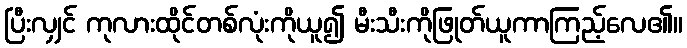
ပြီးလျှင် ကုလားထိုင်တစ်လုံးကိုယူ၍ မီးသီးကိုဖြုတ်ယူကာကြည့်လေ၏။